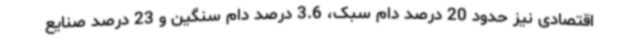
اقتصادی ‌نیز حدود 20 درصد دام سبک، 3.6 درصد دام سنگین و 23 درصد صنایع